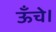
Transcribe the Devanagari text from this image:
ऊँचे।